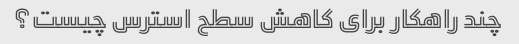
چند راهکار برای کاهش سطح استرس چیست؟